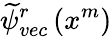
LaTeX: \widetilde{\psi}_{vec}^{r}\left(x^{m}\right)